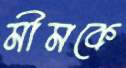
মীমকে